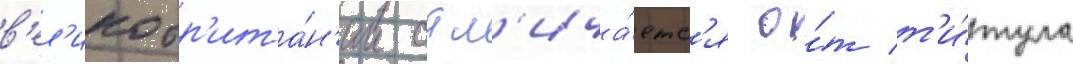
в'ел'икобр'ита́н'ии отл'ича́етс'я о́т т'и́тула